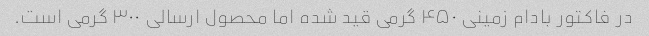
در فاکتور بادام زمینی ۴۵۰ گرمی قید شده اما محصول ارسالی ۳۰۰ گرمی است.